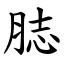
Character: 䏯